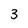
Character: 3